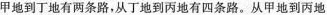
甲地到丁地有两条路，从丁地到丙地有四条路。从甲地到丙地